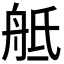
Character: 𦨢